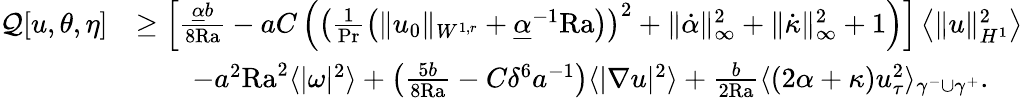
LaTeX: \begin{array}{rl}{\mathcal{Q}[u,\theta,\eta]}&{\geq\left[\frac{\underline{{\alpha}}b}{8\mathrm{{Ra}}}-aC\left(\left(\frac{1}{\mathrm{Pr}}\left(\| u_{0}\| _{W^{1,r}}+\underline{{\alpha}}^{-1}\mathrm{{Ra}}\right)\right)^{2}+\| \dot{\alpha}\| _{\infty}^{2}+\| \dot{\kappa}\| _{\infty}^{2}+1\right)\right]\left\langle\| u\| _{H^{1}}^{2}\right\rangle}\\ &{\qquad-a^{2}{\mathrm{Ra}}^{2}\langle|\omega|^{2}\rangle+\left(\frac{5b}{8\mathrm{{Ra}}}-C\delta^{6}a^{-1}\right)\langle|\nabla u|^{2}\rangle+\frac{b}{2{\mathrm{Ra}}}\langle(2\alpha+\kappa)u_{\tau}^{2}\rangle_{\gamma^{-}\cup\gamma^{+}}.}\end{array}